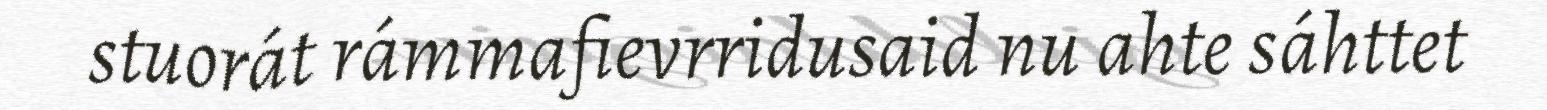
stuorát rámmafievrridusaid nu ahte sáhttet